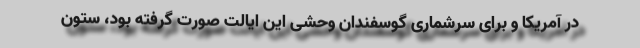
در آمریکا و برای سرشماری گوسفندان وحشی این ایالت صورت گرفته بود، ستون